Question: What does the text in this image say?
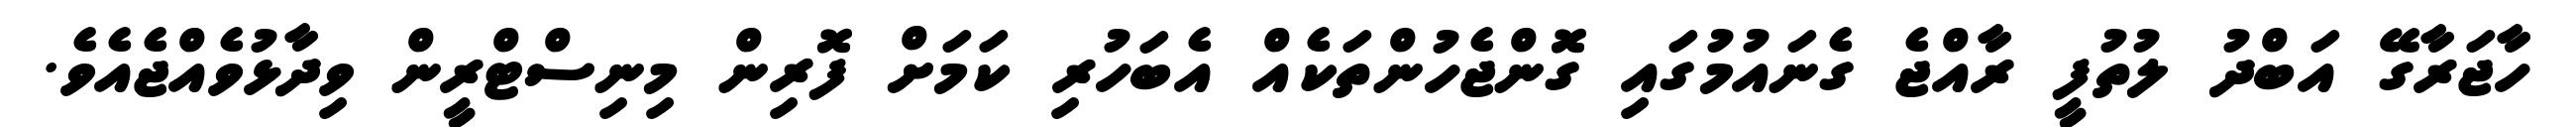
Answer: ހާޖަރާގޭ އަބްދު ލުތުފީ ރާއްޖެ ގެނައުމުގައި ގޮންޖެހުންތަކެއް އެބަހުރި ކަމަށް ފޮރިން މިނިސްޓްރީން ވިދާޅުވެއްޖެއެވެ.